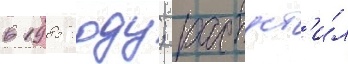
в 1985 году; распуст'и́л